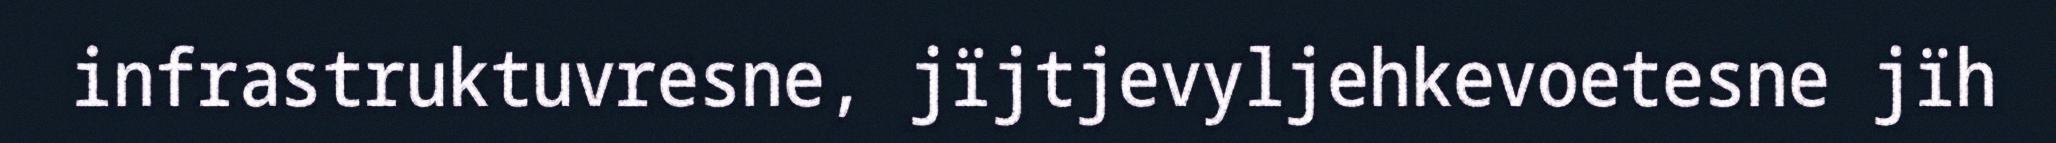
infrastruktuvresne, jïjtjevyljehkevoetesne jïh